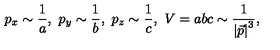
p _ { x } \sim \frac 1 a , \ p _ { y } \sim \frac 1 b , \ p _ { z } \sim \frac 1 c , \ V = a b c \sim \frac 1 { \left| \vec { p } \right| ^ { 3 } } ,